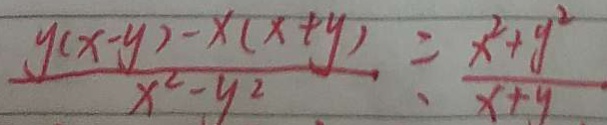
\frac { y ( x - y ) - x ( x + y ) } { x ^ { 2 } - y ^ { 2 } } \div \frac { x ^ { 2 } + y ^ { 2 } } { x + y }